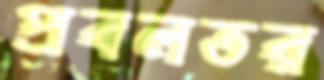
প্রবলতর